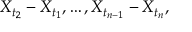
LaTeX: X _ { t _ { 2 } } - X _ { t _ { 1 } } , \dots , X _ { t _ { n - 1 } } - X _ { t _ { n } } ,